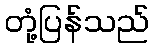
တုံ့ပြန်သည်